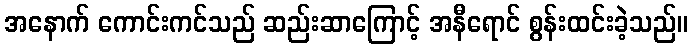
အနောက် ကောင်းကင်သည် ဆည်းဆာကြောင့် အနီရောင် စွန်းထင်းခဲ့သည်။